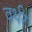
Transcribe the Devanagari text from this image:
वर्थर